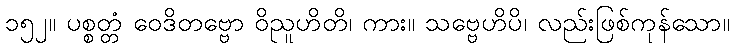
၁၅၂။ ပစ္စတ္တံ ဝေဒိတဗ္ဗော ဝိညူဟိတိ၊ ကား။ သဗ္ဗေဟိပိ၊ လည်းဖြစ်ကုန်သော။